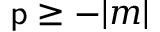
{ \mathsf { p } } \geq - | m |